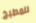
للمطبخ